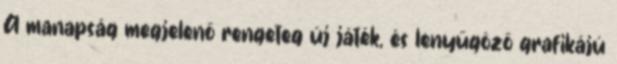
A manapság megjelenő rengeteg új játék, és lenyűgöző grafikájú